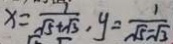
x = \frac { 1 } { \sqrt { 5 } + \sqrt { 3 } } , y = \frac { 1 } { \sqrt { 5 } - \sqrt { 3 } }